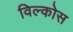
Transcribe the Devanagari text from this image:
विल्कोस